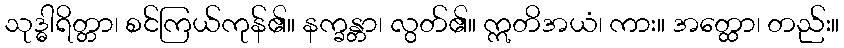
သုဒ္ဓါရိတ္တာ၊ စင်ကြယ်ကုန်၏။ နက္ခန္တာ၊ လွတ်၏။ ဣတိအယံ၊ ကား။ အတ္ထော၊ တည်း။